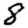
Digit: 8